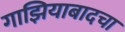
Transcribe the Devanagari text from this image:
गाझियाबादचा